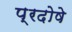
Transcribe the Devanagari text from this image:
प्रदोषे